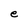
Character: e